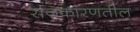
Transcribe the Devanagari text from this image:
राजकारणतील